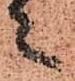
々